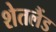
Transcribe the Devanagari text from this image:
शेतलैंड